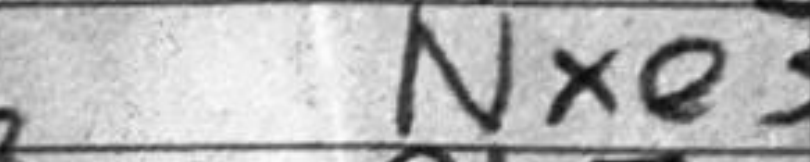
Transcription: Nxe3